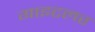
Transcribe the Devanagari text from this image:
गाइटलर